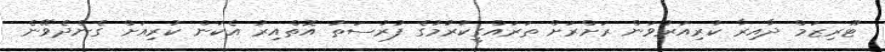
ޓޫރިޒަމް ދާއިރާ ކުރިއަރުވަން ރަށްރަށް ތަރައްގީކުރުމުގެ ފުރުސަތު އޮތްއިރު އެކަން ކުރިއަށް ގެންދެވޭނެ